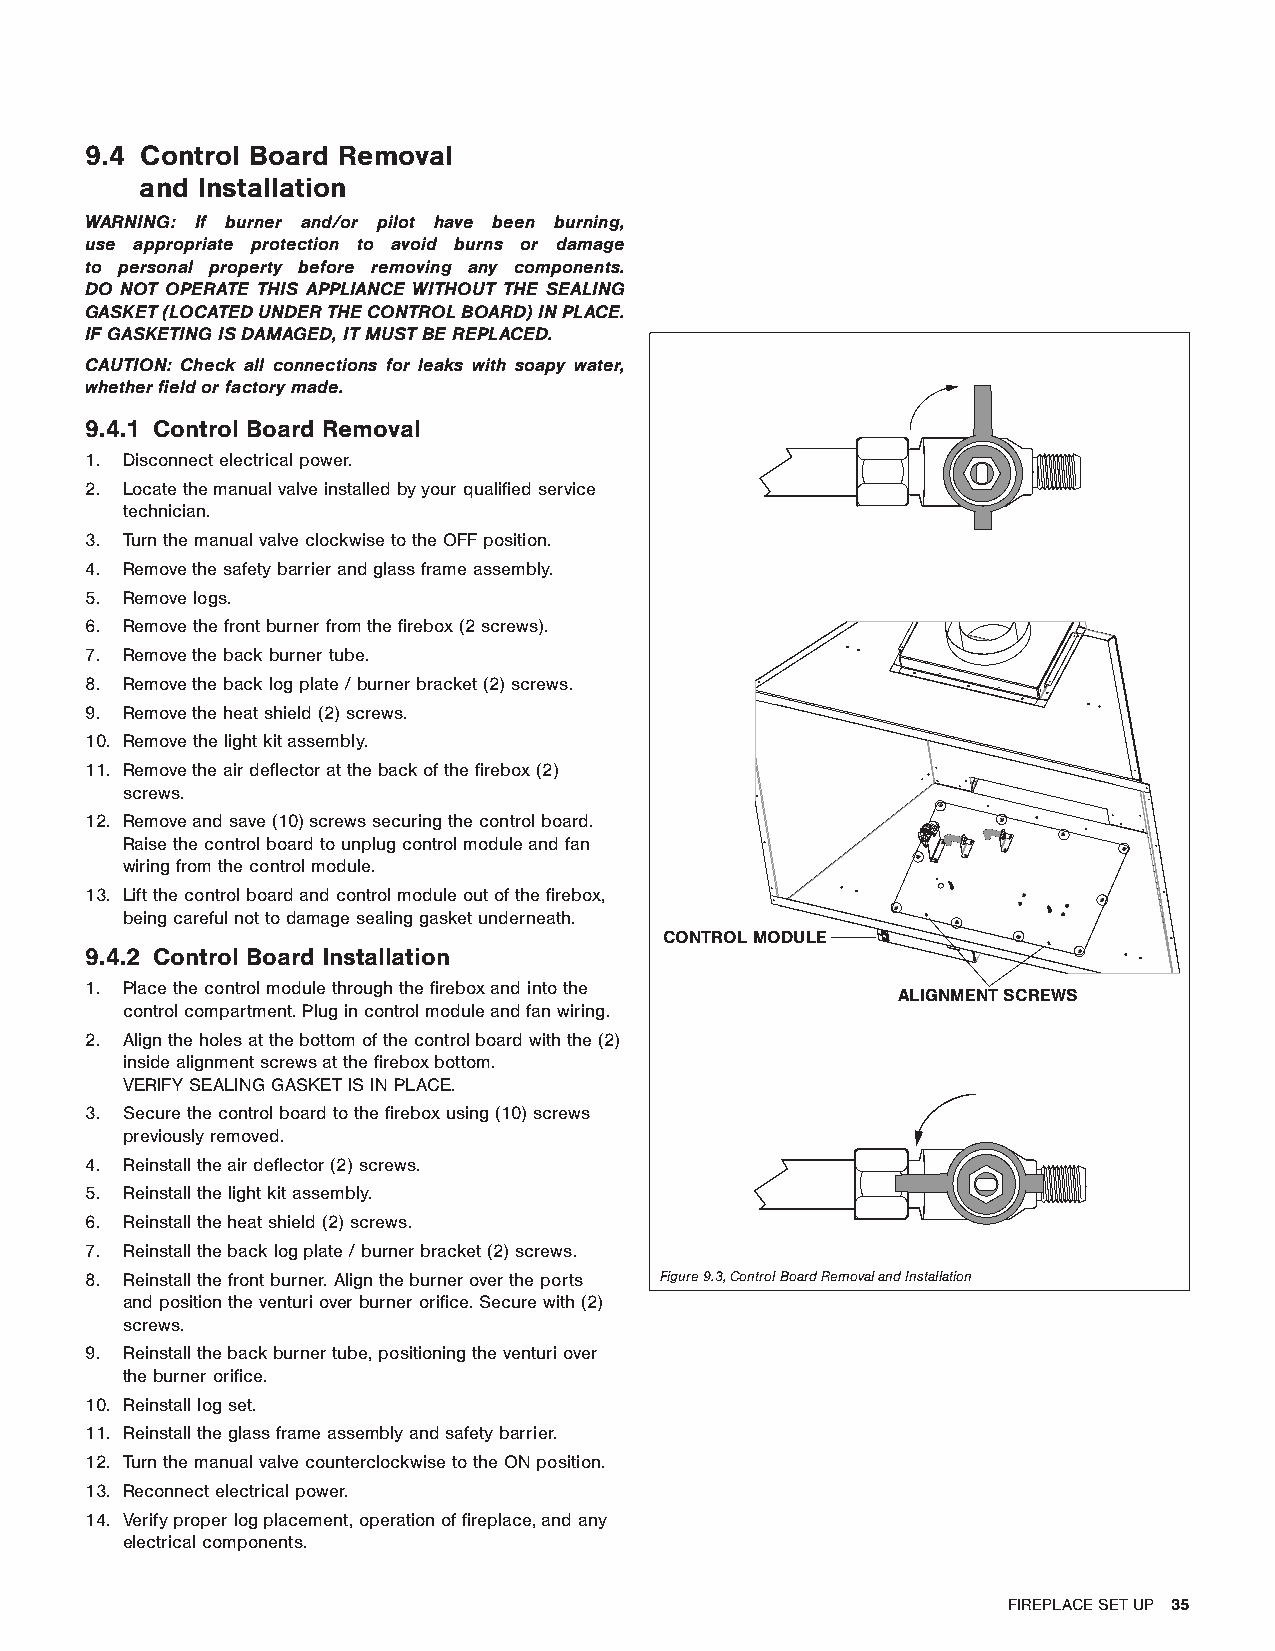
9.4 Control Board Removal
 and Installation
 WARNING: If burner and/or pilot have been burning,
 use appropriate protection to avoid burns or damage
 to personal property before removing any components.
 DO NOT OPERATE THIS APPLIANCE WITHOUT THE SEALING
 GASKET (LOCATED UNDER THE CONTROL BOARD) IN PLACE.
 IF GASKETING IS DAMAGED, IT MUST BE REPLACED.
 CAUTION: Check all connections for leaks with soapy water,
 whether field or factory made.
 9.4.1 Control Board Removal
 1. Disconnect electrical power.
 2. Locate the manual valve installed by your qualified service
 technician.
 3. Turn the manual valve clockwise to the OFF position.
 4. Remove the safety barrier and glass frame assembly.
 5. Remove logs.
 6. Remove the front burner from the firebox (2 screws).
 7. Remove the back burner tube.
 8. Remove the back log plate / burner bracket (2) screws.
 9. Remove the heat shield (2) screws.
 10. Remove the light kit assembly.
 11. Remove the air deflector at the back of the firebox (2)
 screws.
 12. Remove and save (10) screws securing the control board.
 Raise the control board to unplug control module and fan
 wiring from the control module.
 13. Lift the control board and control module out of the firebox,
 being careful not to damage sealing gasket underneath.
 CONTROL MODULE
 9.4.2 Control Board Installation
 1. Place the control module through the firebox and into the
 ALIGNMENT SCREWS
 control compartment. Plug in control module and fan wiring.
 2. Align the holes at the bottom of the control board with the (2)
 inside alignment screws at the firebox bottom.
 VERIFY SEALING GASKET IS IN PLACE.
 3. Secure the control board to the firebox using (10) screws
 previously removed.
 4. Reinstall the air deflector (2) screws.
 5. Reinstall the light kit assembly.
 6. Reinstall the heat shield (2) screws.
 7. Reinstall the back log plate / burner bracket (2) screws.
 8. Reinstall the front burner. Align the burner over the ports Figure 9.3, Control Board Removal and Installation
 and position the venturi over burner orifice. Secure with (2)
 screws.
 9. Reinstall the back burner tube, positioning the venturi over
 the burner orifice.
 10. Reinstall log set.
 11. Reinstall the glass frame assembly and safety barrier.
 12. Turn the manual valve counterclockwise to the ON position.
 13. Reconnect electrical power.
 14. Verify proper log placement, operation of fireplace, and any
 electrical components.
 FIREPLACE SET UP 35